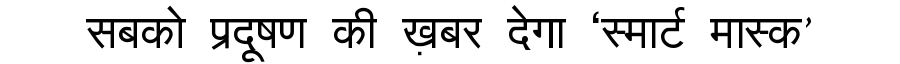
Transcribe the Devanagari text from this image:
सबको प्रदूषण की ख़बर देगा ‘स्मार्ट मास्क’